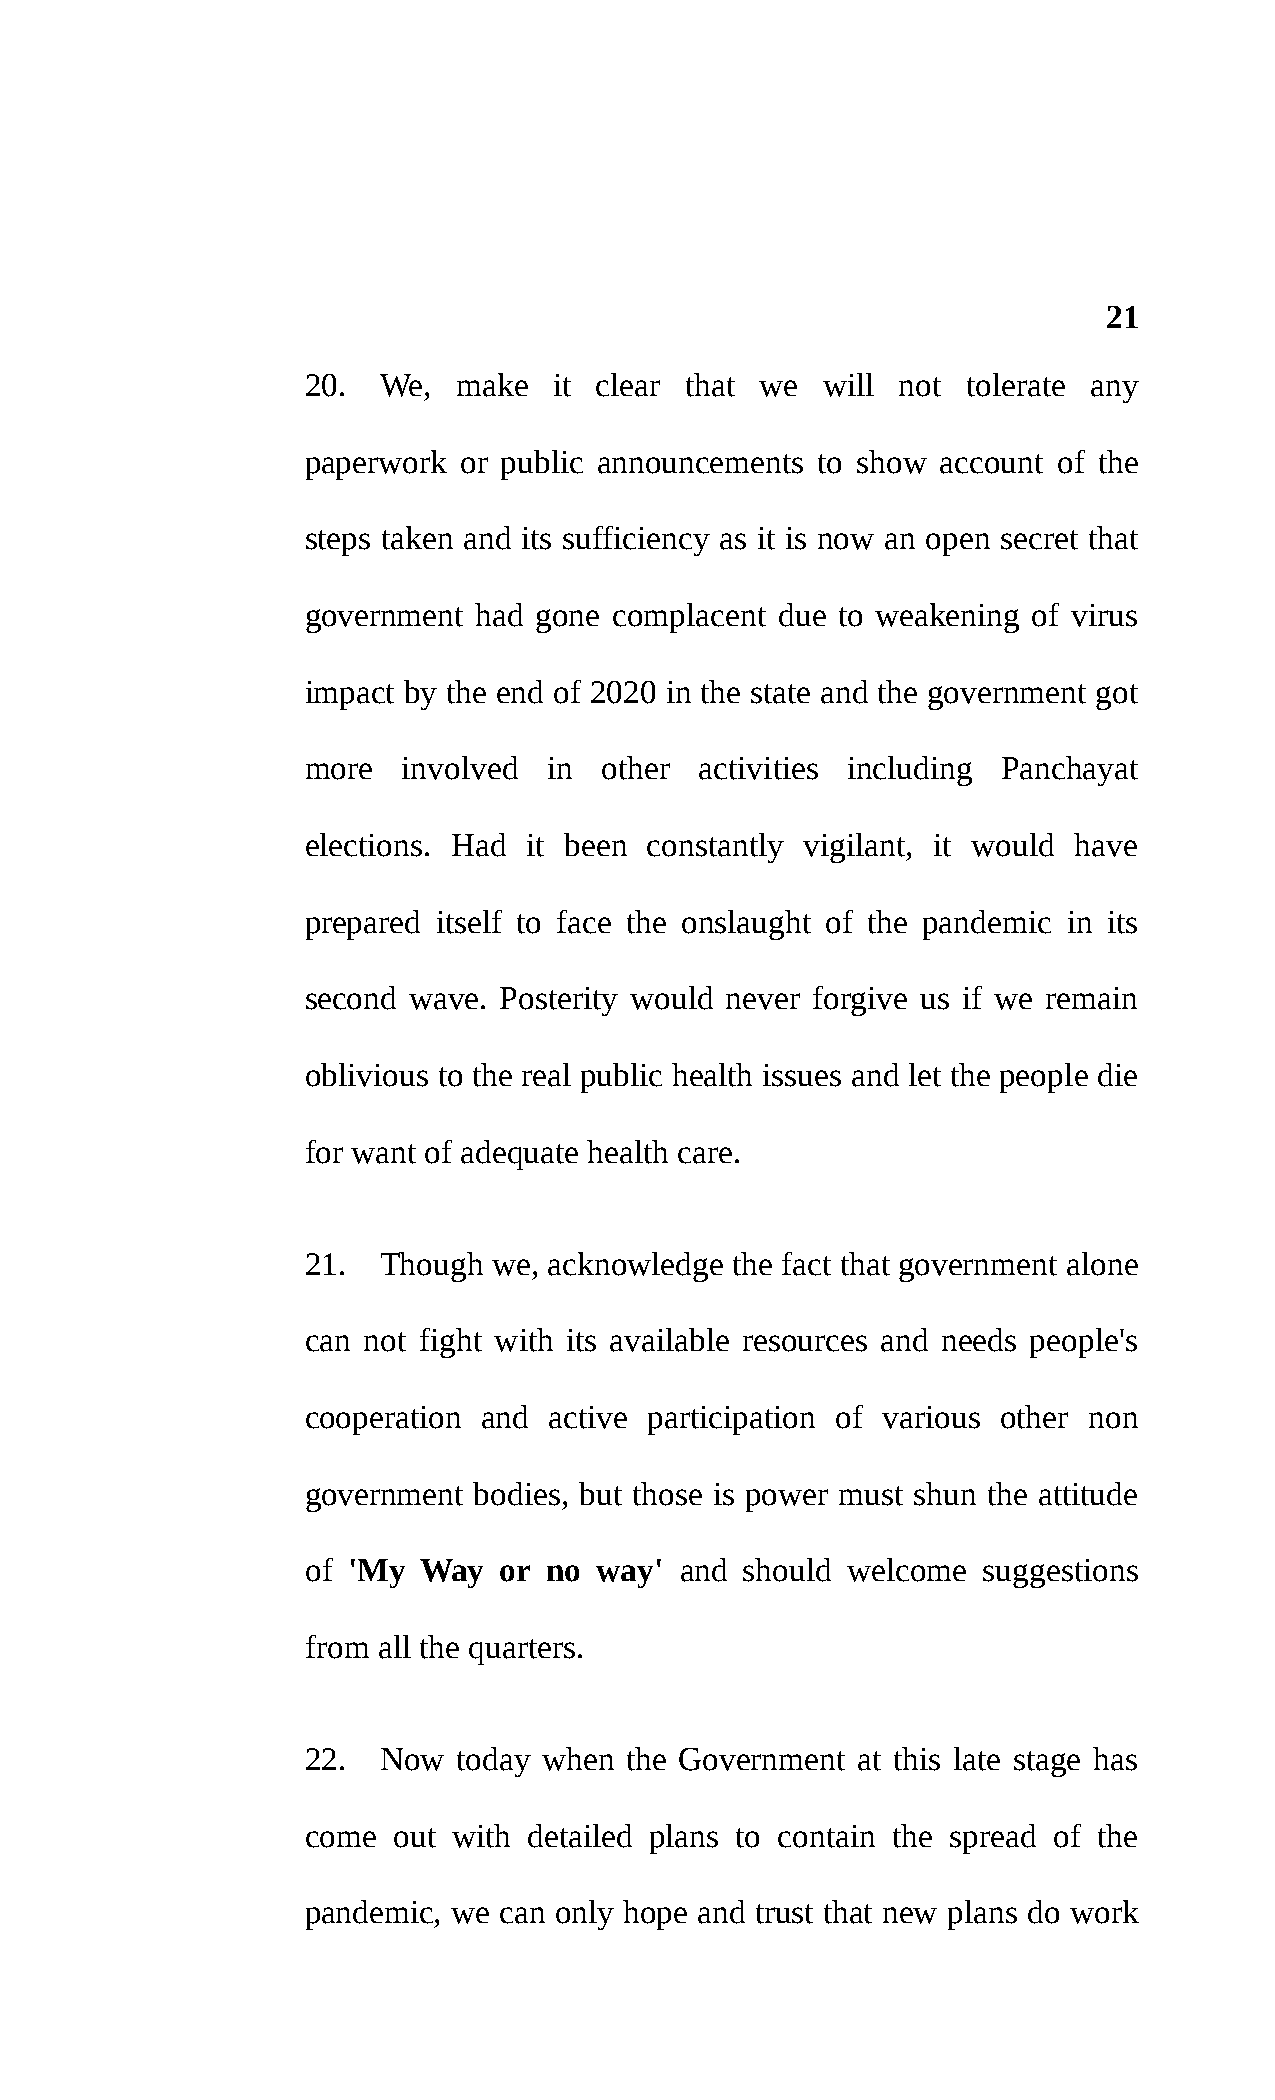
21
 20.  We,  make   it clear that we will  not tolerate any
 paperwork or public announcements to show account of the
 steps taken and its sufficiency as it is now an open secret that
 government  had gone complacent due to weakening of virus
 impact by the end of 2020 in the state and the government got
 more   involved in  other activities including Panchayat
 elections. Had it been constantly vigilant, it would have
 prepared itself to face the onslaught of the pandemic in its
 second wave. Posterity would never forgive us if we remain
 oblivious to the real public health issues and let the people die
 for want of adequate health care.
 21.  Though  we, acknowledge the fact that government alone
 can not fight with its available resources and needs people's
 cooperation and active participation of various other non
 government bodies, but those is power must shun the attitude
 of 'My  Way  or no  way' and should welcome  suggestions
 from all the quarters.
 22.  Now  today when the Government  at this late stage has
 come  out with detailed plans to contain the spread of the
 pandemic, we can only hope and trust that new plans do work